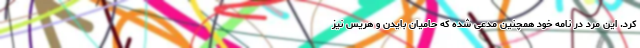
کرد. این مرد در نامه خود همچنین مدعی شده که حامیان بایدن و هریس نیز